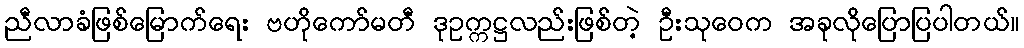
ညီလာခံဖြစ်မြောက်ရေး ဗဟိုကော်မတီ ဒုဥက္ကဋ္ဌလည်းဖြစ်တဲ့ ဦးသုဝေက အခုလိုပြောပြပါတယ်။